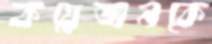
কয়েজনকে